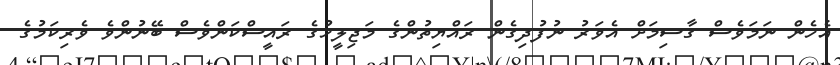
އެހެން ނަމަވެސް ގާސިމަށް އެވަރު ނުފުދިގެން ރައްޔިތުންގެ މަޖިލީހުގެ ރައީސްކަންވެސް ބޭނުންވެ ވެރިކަމުގެ